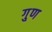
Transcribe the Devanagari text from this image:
गु्ण